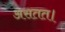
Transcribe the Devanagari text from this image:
असतत।